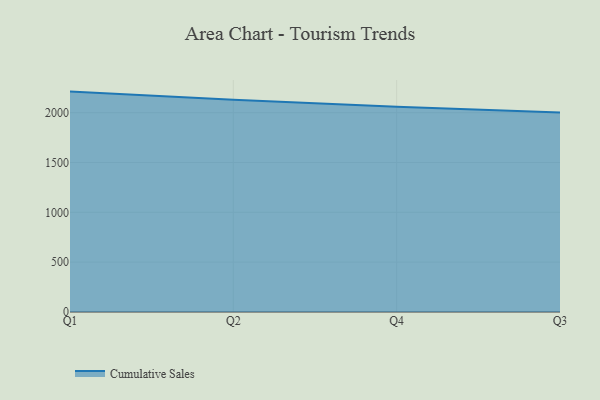
{"axis": {"x": "Quarter", "y": "Conversion Rate (%)"}, "legend": ["Cumulative Sales"], "data": [{"x": "Q1", "y": 2211.5, "type": "Cumulative Sales"}, {"x": "Q2", "y": 2128.5, "type": "Cumulative Sales"}, {"x": "Q4", "y": 2060.1, "type": "Cumulative Sales"}, {"x": "Q3", "y": 2001.8, "type": "Cumulative Sales"}]}